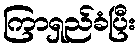
ကြာရှည်ခံပြီး